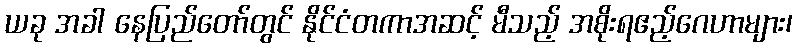
ယခု အခါ နေပြည်တော်တွင် နိုင်ငံတကာအဆင့် မီသည့် အစိုးရဧည့်ဂေဟာများ၊